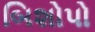
બિશોપો